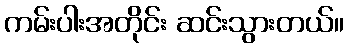
ကမ်းပါးအတိုင်း ဆင်းသွားတယ်။